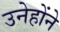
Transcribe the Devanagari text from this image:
उनेहोंने